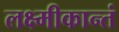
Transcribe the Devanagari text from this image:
लक्ष्मीकान्तं